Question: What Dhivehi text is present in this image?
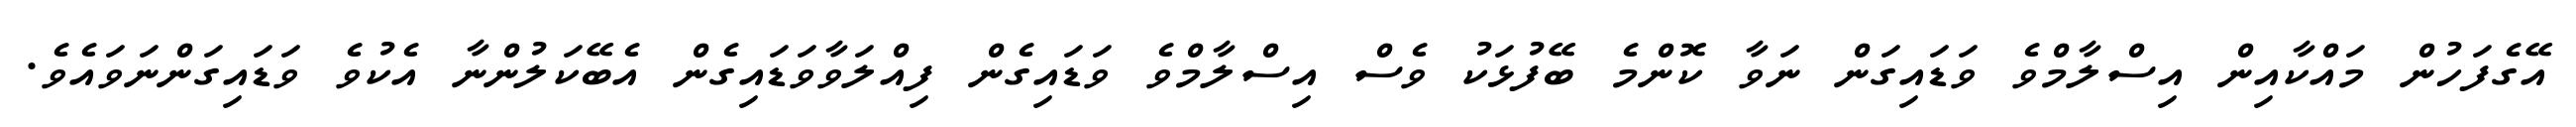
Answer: އޭގެފަހުން މައްކާއިން އިސްލާމްވެ ވަޑައިގަން ނަވާ ކޮންމެ ބޭފުޅަކު ވެސް އިސްލާމްވެ ވަޑައިގެން ފިއްލަވާވަޑައިގެން އެބޭކަލުންނާ އެކުވެ ވަޑައިގަންނަވައެވެ.